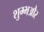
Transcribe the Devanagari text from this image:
शुम्भऔर